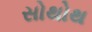
સોથોથ